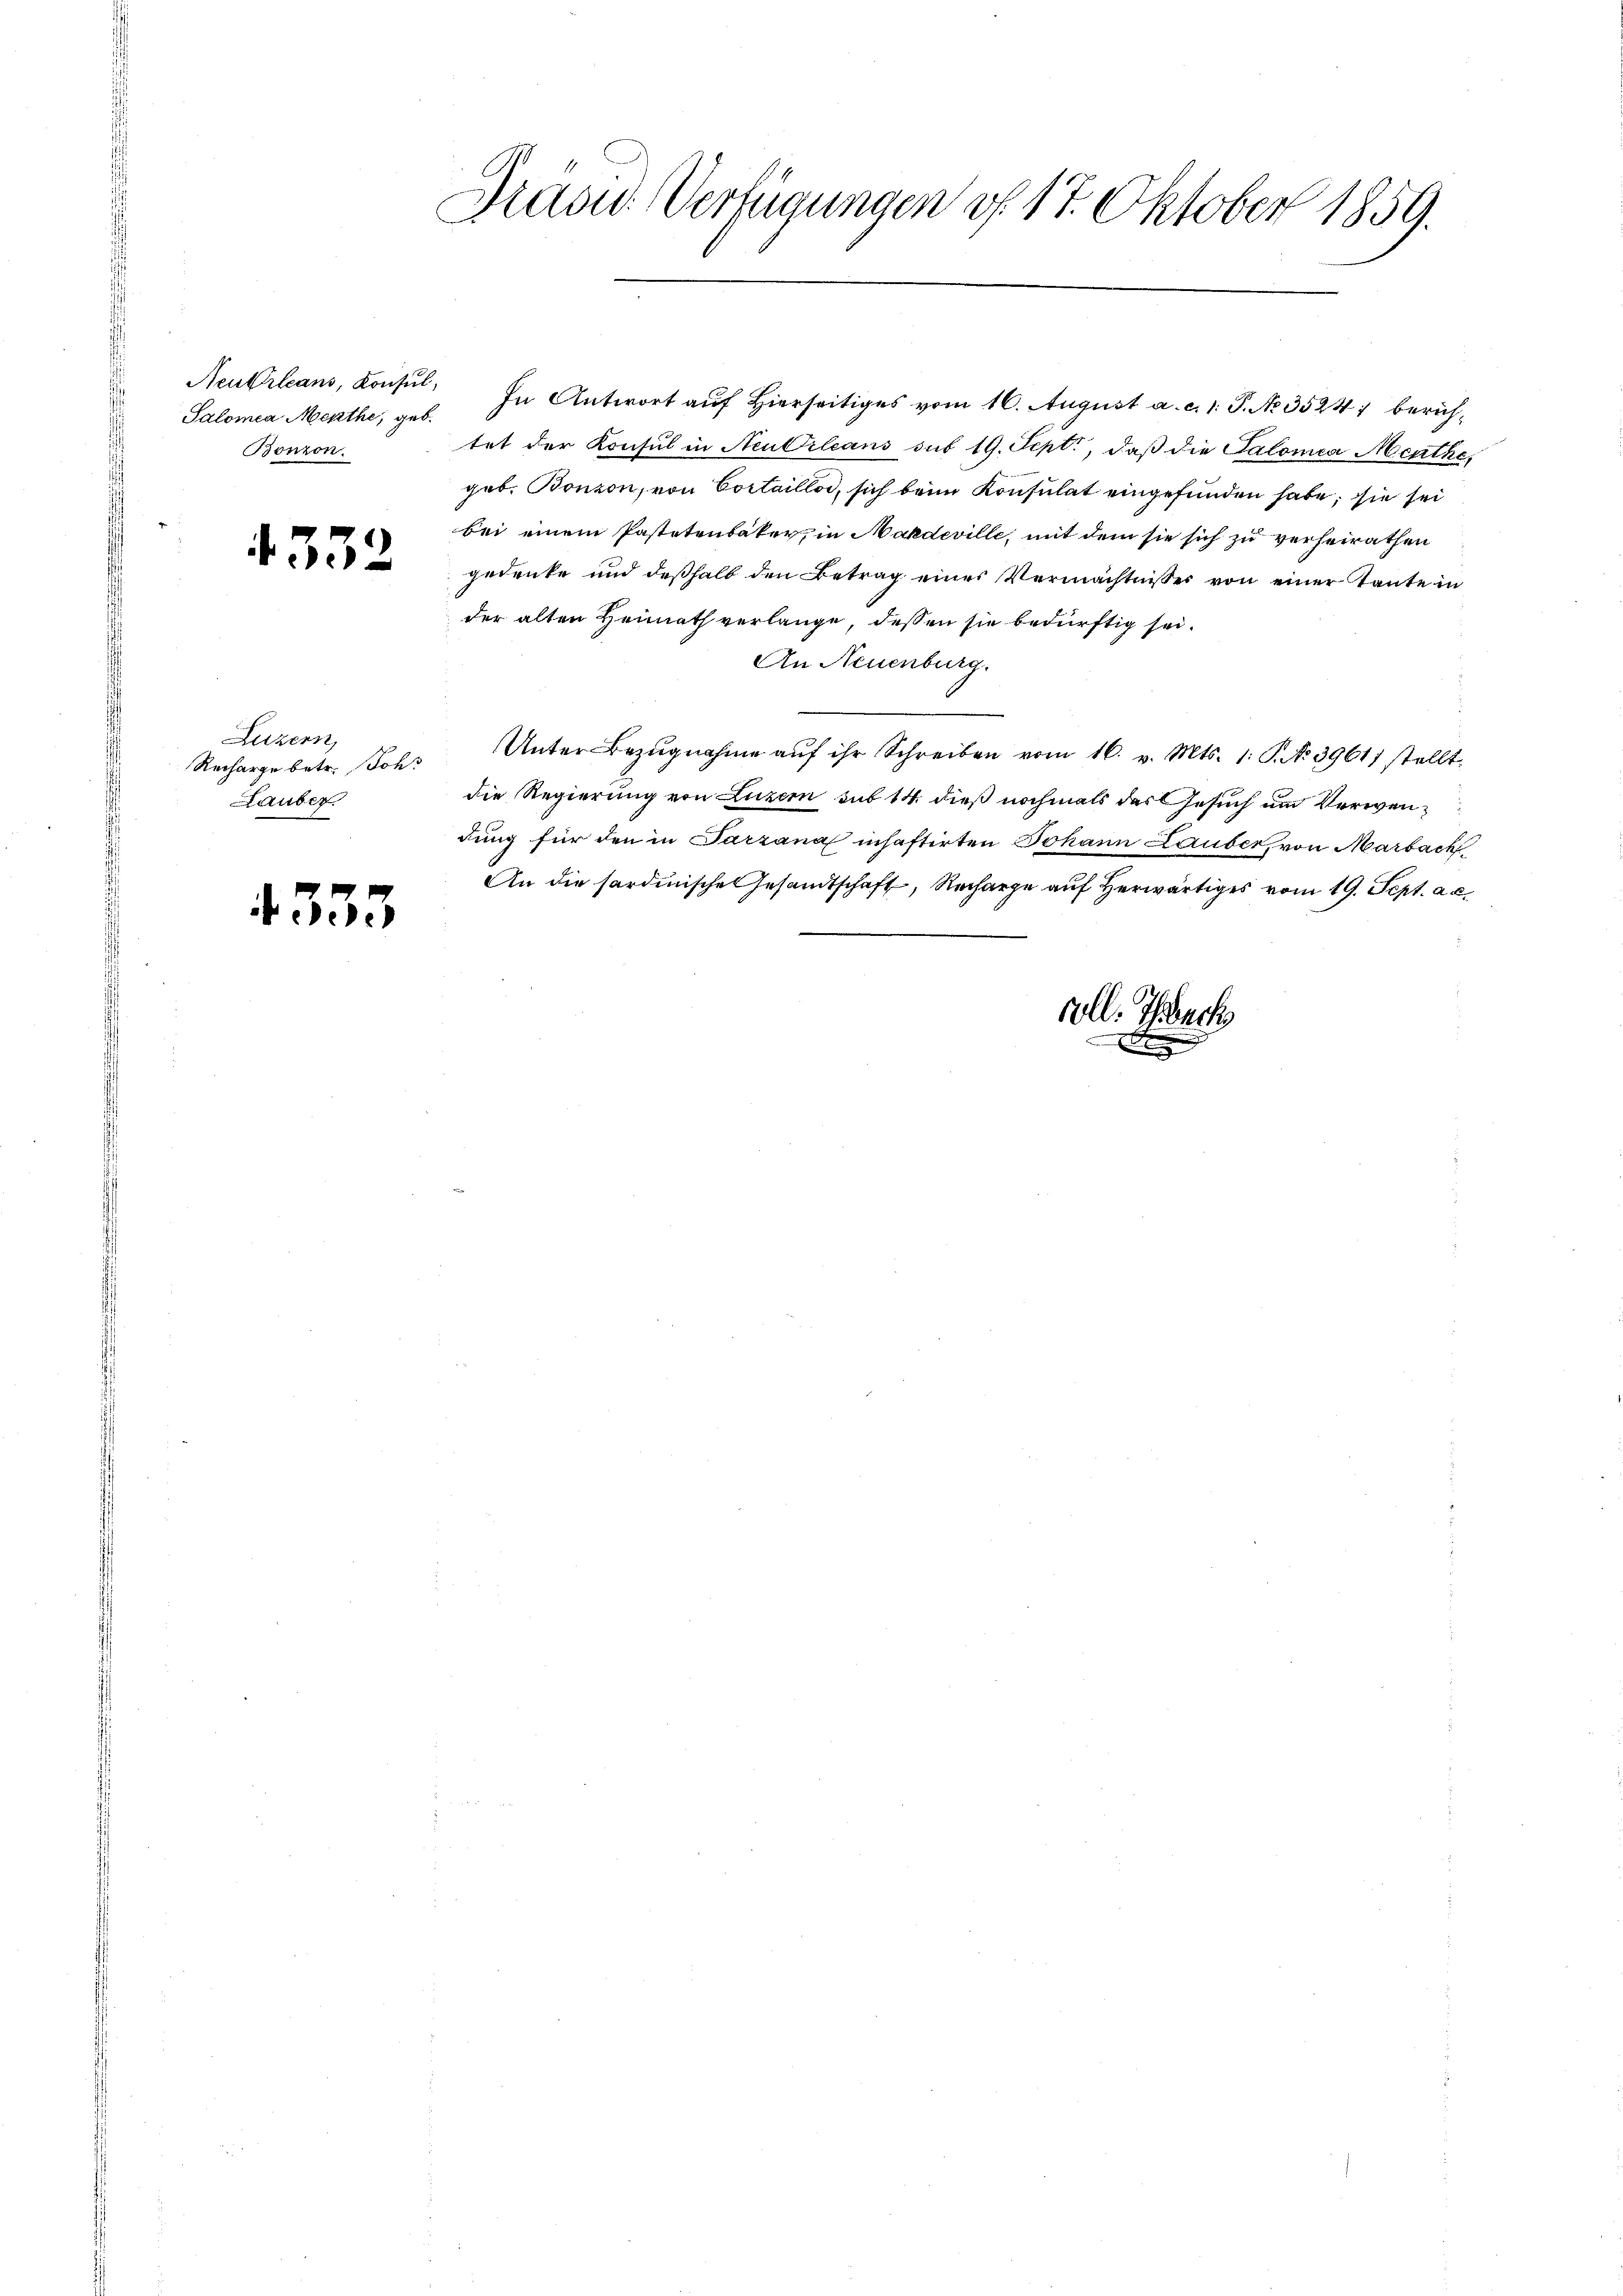
Neutrleans, Konsul,
Bonzon.

4332

Luzern,
Recharge betr. Joh.
Lauber.

4333

Gras Verfügungen f. 17. Oktober 1859.

Salomea Merthe, geb. In Antwort auf Hierseitiges vom 16. August a. c. 1. P. No. 35241 berühtet der Konsul in Neutrleans sub 19. Sept., daß die Salomea Menthe,
geb. Bonzon, von Cortaillo, sich beim Konsulat eingefunden habe, sie sei
bei einem Pastetenbaker, in Makdeville, mit dem sie sich zu verheirathen
gedruke und deßhalb den Betrag eines Vermächtnisser von einer Tante in
der alten Heimath verlange, dessen sie bedürftig sei.
An Neuenburg.
Unter Bezŭgnahme aŭf ihr Schreiben vom 16. v. Mts. 1. P. N. 39611 stellt.
die Regierung von Luzern sub 14. dieß nochmals des Gesuch um Verwendung für den in Parzana inhaftirten Johann Lauber, von Marbach
An die sardinische Gesandtschaft, Recharge auf herwärtiges vom 19. Sept. a. c.
voll. Thunch
s

d